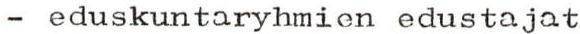
- eduskuntaryhmien edustajat